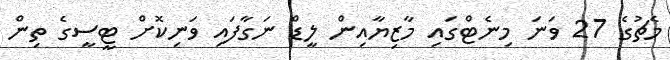
މެޗުގެ 27 ވަނަ މިނެޓްގައި މާޒިޔާއިން ލީޑް ނަގާފައި ވަނިކޮށް ޓީސީގެ ތިން